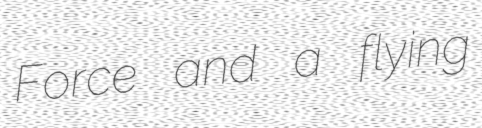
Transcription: Force and a flying